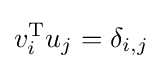
v_{i}^{\mathrm {T} }u_{j}=\delta _{i,j}